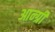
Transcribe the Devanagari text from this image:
आन्ग्री